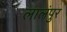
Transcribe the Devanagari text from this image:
लालंपुर